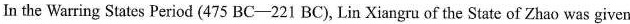
In the Warring States Period (475 BC——221 BC), Lin Xiangru of the State of Zhao was given